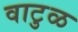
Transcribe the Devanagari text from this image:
वाटुळ